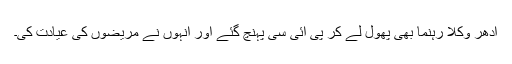
ادھر وکلا رہنما بھی پھول لے کر پی آئی سی پہنچ گئے اور انہوں نے مریضوں کی عیادت کی۔